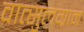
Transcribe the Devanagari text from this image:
वात्सुलग्राम